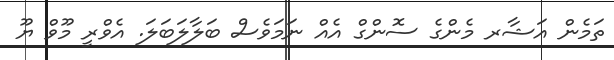
ތަމެން އަޝާރ މެންގެ ސޮންގް އެއް ނަމަވެސް ބަލާލަބަލަ. އެވްރީ މޫވް ޔޫ